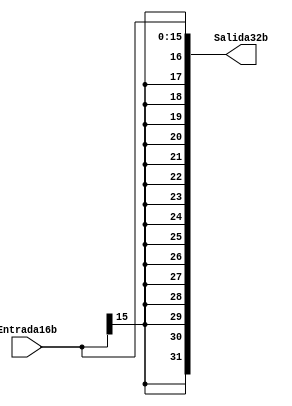
module sign_extended(
//Entrada
input [15:0] Entrada16b,
//Salida
output reg[31:0] Salida32b
);

always @(*)
		Salida32b={{16{Entrada16b[15]}},Entrada16b};
	
endmodule